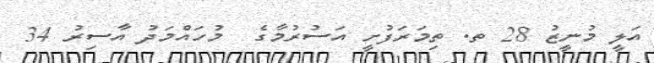
އަލީ މުނީޒު 28 ތ. ތިމަރަފުށީ އަސުރުމާގެ  މުހައްމަދު އާސިރު 34